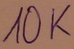
Text: 10K